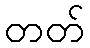
တတ်